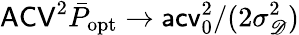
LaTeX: \mathsf{ACV}^{2}\bar{P}_{\mathrm{opt}}\to\mathsf{acv}_{0}^{2}/(2\sigma_{\mathscr D}^{2})